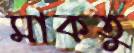
মাকতু